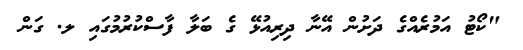
"ކޯޓު އަމުރެއްގެ ދަށުން އޭނާ ދިރިއުޅޭ ގެ ބަލާ ފާސްކުރުމުގައި ލ. ގަން